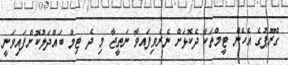
ގްރޫޕުގެ އެހެން ޓީމްތަކާ ދެކޮޅަށް ނެރެވިފައވާ ނަތީޖާ މި ދެ ޓިމް ބައްދަލުކޮށްފައިވަނީ